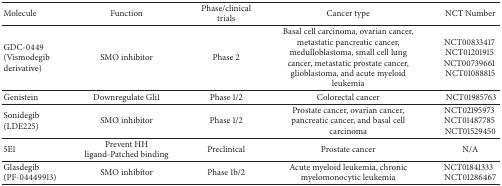
<table><thead><tr><td><b>Molecule</b></td><td><b>Function</b></td><td><b>Phase/clinical trials</b></td><td><b>Cancer type</b></td><td><b>NCT Number</b></td></tr></thead><tbody><tr><td>GDC-0449 (Vismodegib derivative)</td><td>SMO inhibitor</td><td>Phase 2</td><td>Basal cell carcinoma, ovarian cancer, metastatic pancreatic cancer, medulloblastoma, small cell lung cancer, metastatic prostate cancer, glioblastoma, and acute myeloid leukemia</td><td>NCT00833417 NCT01201915 NCT00739661 NCT01088815</td></tr><tr><td>Genistein</td><td>Downregulate Gli1</td><td>Phase 1/2</td><td>Colorectal cancer</td><td> NCT01985763</td></tr><tr><td>Sonidegib (LDE225)</td><td>SMO inhibitor</td><td>Phase 1/2</td><td>Prostate cancer, ovarian cancer, pancreatic cancer, and basal cell carcinoma</td><td>NCT02195973 NCT01487785 NCT01529450</td></tr><tr><td>5E1</td><td>Prevent HH ligand-Patched binding</td><td>Preclinical</td><td>Prostate cancer</td><td>N/A</td></tr><tr><td>Glasdegib (PF-04449913)</td><td>SMO inhibitor</td><td>Phase 1b/2</td><td>Acute myeloid leukemia, chronic myelomonocytic leukemia</td><td>NCT01841333NCT01286467</td></tr></tbody></table>